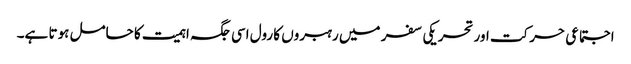
اجتماعی حرکت اور تحریکی سفر میں رہبروں کا رول اسی جگہ اہمیت کا حامل ہوتا ہے۔